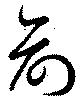
兪